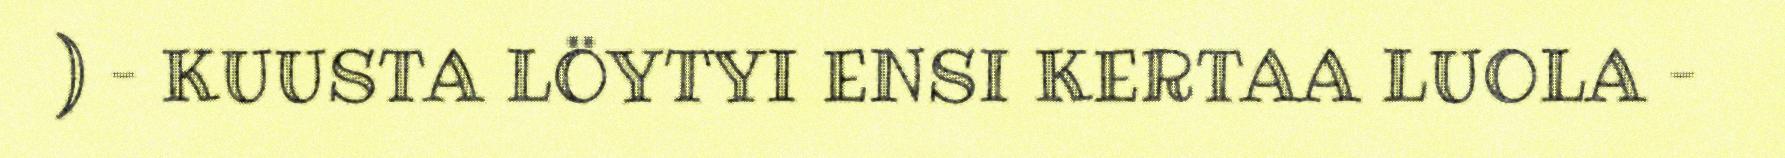
) – KUUSTA LÖYTYI ENSI KERTAA LUOLA –